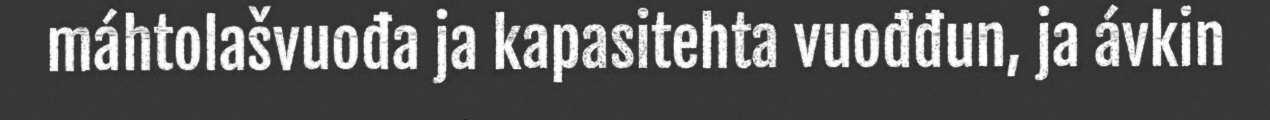
máhtolašvuođa ja kapasitehta vuođđun, ja ávkin